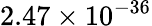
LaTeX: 2.47\times 10^{-36}